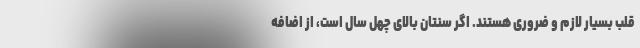
قلب بسیار لازم و ضروری هستند. اگر سنتان بالای چهل سال است، از اضافه